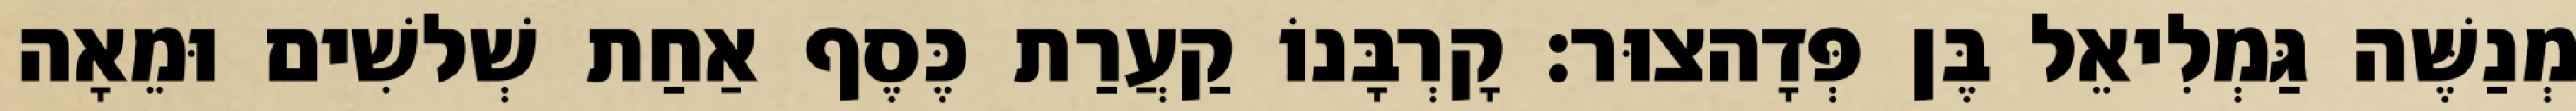
מְנַשֶּׁה גַּמְלִיאֵל בֶּן פְּדָהצוּר׃ קָרְבָּנוֹ קַעֲרַת כֶּסֶף אַחַת שְׁלשִׁים וּמֵאָה